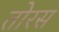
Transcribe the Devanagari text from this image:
तोरस